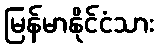
မြန်မာနိုင်ငံသား